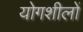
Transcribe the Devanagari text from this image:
योगशीलों